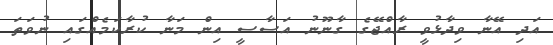
އަދި އޭނާ ވިދާޅުވީ ރާއްޖޭގެ ގާނޫނު އަސާސީ އިން މަނާ ކުރާކަމެއްގައި ނުވަތަ